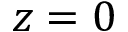
z = 0